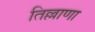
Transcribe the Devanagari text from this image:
तिल्लाणा